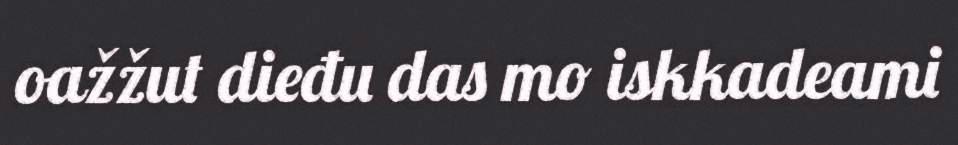
oažžut dieđu das mo iskkadeami